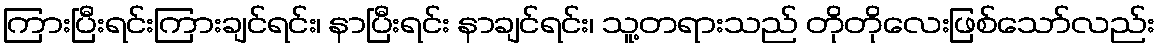
ကြားပြီးရင်းကြားချင်ရင်း၊ နာပြီးရင်း နာချင်ရင်း၊ သူ့တရားသည် တိုတိုလေးဖြစ်သော်လည်း